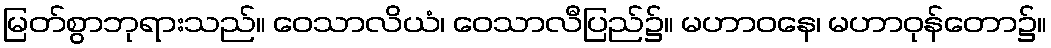
မြတ်စွာဘုရားသည်။ ဝေသာလိယံ၊ ဝေသာလီပြည်၌။ မဟာဝနေ၊ မဟာဝုန်တော၌။